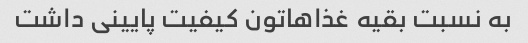
به نسبت بقیه غذاهاتون کیفیت پایینی داشت